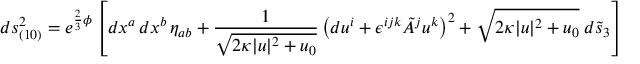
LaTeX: d s _ { ( 1 0 ) } ^ { 2 } = e ^ { \frac 2 3 \phi } \left[ d x ^ { a } \, d x ^ { b } \, \eta _ { a b } + { \frac { 1 } { \sqrt { 2 \kappa | u | ^ { 2 } + u _ { 0 } } } } \left( d u ^ { i } + \epsilon ^ { i j k } \tilde { A } ^ { j } u ^ { k } \right) ^ { 2 } + \sqrt { 2 \kappa | u | ^ { 2 } + u _ { 0 } } \; d \tilde { s } _ { 3 } \right]